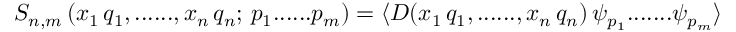
\left. S _ { n , m } \, ( x _ { 1 } \, q _ { 1 } , . . . . . . , x _ { n } \, q _ { n } ; \, p _ { 1 } . . . . . . p _ { m } ) = \langle { \cal D } ( x _ { 1 } \, q _ { 1 } , . . . . . . , x _ { n } \, q _ { n } ) \, \psi _ { p _ { 1 } } . . . . . . . \psi _ { p _ { m } } \rangle \right.